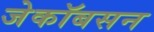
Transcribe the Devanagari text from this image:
जेकॉबसन